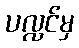
ပလ္လင်မှ